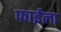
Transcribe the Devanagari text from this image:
फाईला